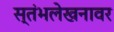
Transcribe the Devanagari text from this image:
स्तंभलेखनावर